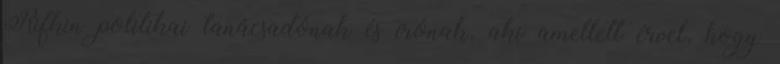
Rifkin politikai tanácsadónak és írónak, aki amellett érvel, hogy